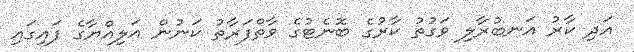
އަދި ކާރު އަނބުރާލި ވަގުތު ކާރުގެ ބޮނެޓުގެ ވާތްފަރާތު ކަނުން އަލިއްޔާގެ ފައިގައި